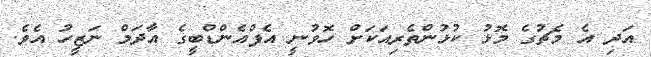
އަދި އެ މެޗުގެ މޮޅު ކުޅުންތެރިއަކަށް ހޮވުނީ އެފްއެންޑްބީގެ އާދަމް ނަޒީހު އެވެ.